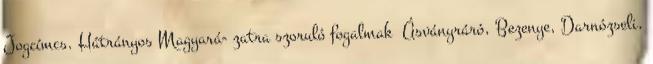
Jogcímcs. Hátrányos Magyará- zatra szoruló fogalmak ▪Ásványráró, Bezenye, Darnózseli,